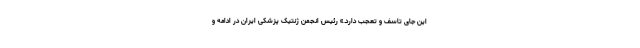
این جای تاسف و تعجب دارد.» رئیس انجمن ژنتیک پزشکی ایران در ادامه و